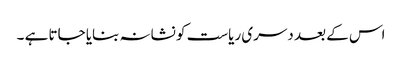
اس کے بعد دسری ریاست کو نشانہ بنایا جاتا ہے ۔